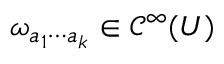
\omega _ { a _ { 1 } \cdots a _ { k } } \in \mathcal { C } ^ { \infty } ( U )